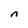
Character: n